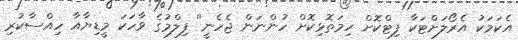
އެކަމަކު އެރޯލަށްޓަކާ ފިޓްކޮށް ހިމަތޮޅިކޮށް ހުންނަން ޖެހެނީ'' ފިލްމުގެ ވާހަކަ މީޑިޔާއާ ހިއްސާކުރި